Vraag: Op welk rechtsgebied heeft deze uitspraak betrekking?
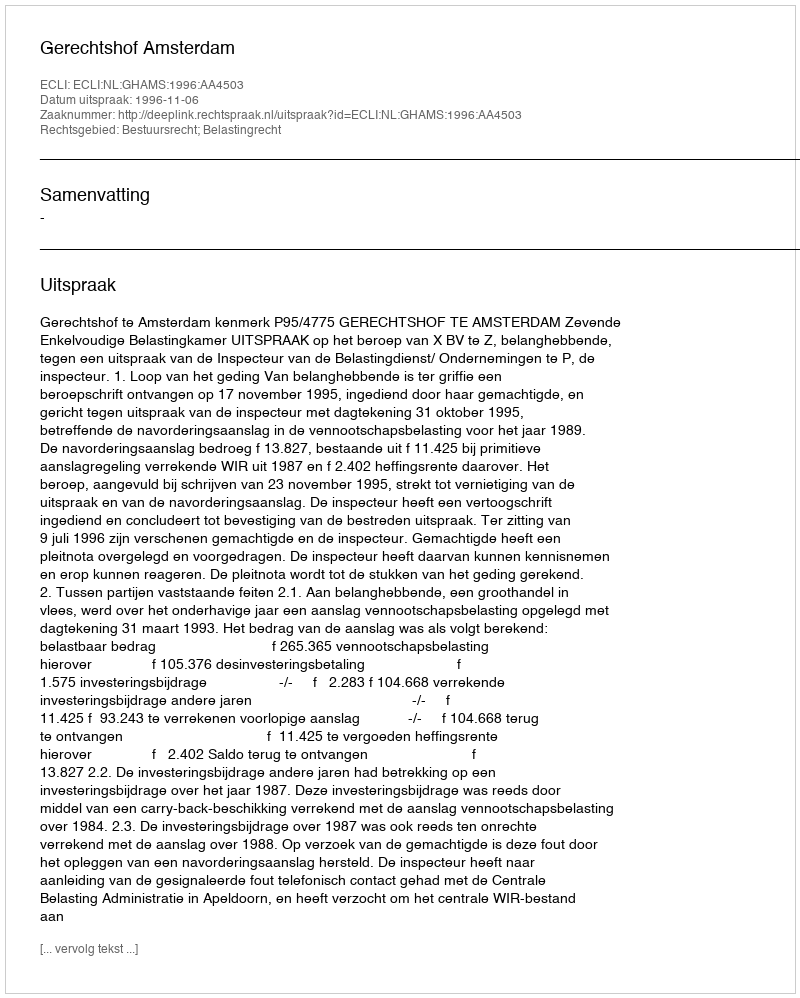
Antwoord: Bestuursrecht; Belastingrecht